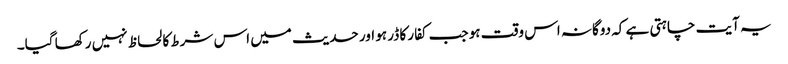
یہ آیت چاہتی ہے کہ دوگانہ اس وقت ہو جب کفار کا ڈر ہو اور حدیث میں اس شرط کا لحاظ نہیں رکھا گیا۔